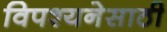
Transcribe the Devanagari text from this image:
विपश्यनेसाठी